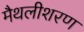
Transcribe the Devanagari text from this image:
मैथलीशरण